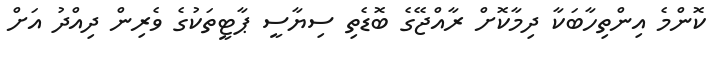
ކޮންމެ އިންތިހާބަކާ ދިމާކޮށް ރާއްޖޭގެ ބޮޑެތި ސިޔާސީ ޕާޓީތަކުގެ ވެރިން ދިއްދު އަށް